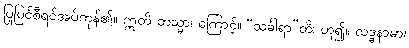
ပြုပြင်စီရင်အပ်ကုန်၏။ ဣတိ တသ္မာ၊ ကြောင့်။ “သင်္ခါရာ”တိ၊ ဟူ၍။ လဒ္ဓနာမာ၊